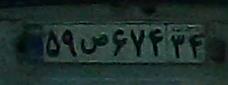
۵۹ص۶۷۴۳۴